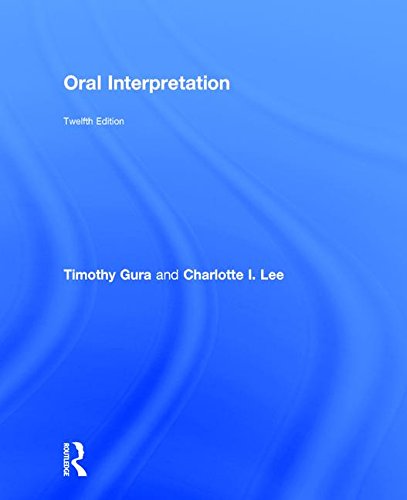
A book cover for Oral Interpretation; Timothy Gura; Reference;